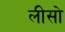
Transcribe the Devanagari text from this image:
लीसो